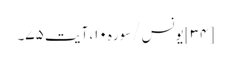
[۳۴] یونس/سوره۱۰، آیت ۷۵۔